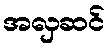
အလှဆင်